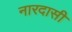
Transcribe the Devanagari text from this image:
नारदासी